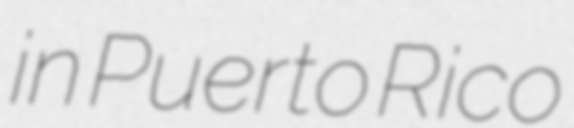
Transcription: in Puerto Rico